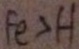
F e > H